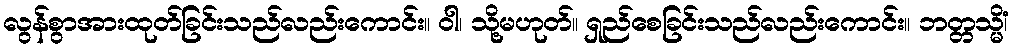
လွန်စွာအားထုတ်ခြင်းသည်လည်းကောင်း။ ဝါ၊ သို့မဟုတ်။ ရှည်စေခြင်းသည်လည်းကောင်း။ ဘတ္တသ္မိံ၊